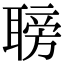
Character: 𦗍